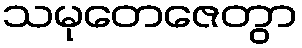
သမုတေဇေတွာ